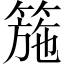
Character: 箷